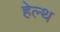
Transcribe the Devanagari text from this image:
हेल्‍थ